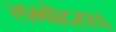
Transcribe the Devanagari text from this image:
लम्बोदरश्च